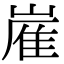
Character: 嵟